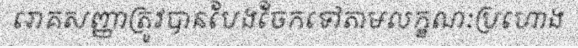
រោគសញ្ញាត្រូវបានបែងចែកទៅតាមលក្ខណៈប្រហោង